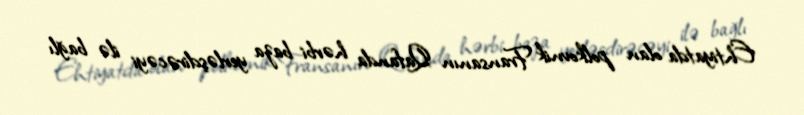
Ehtiyatda olan polkovnik Fransanın Qafanda hərbi baza yerləşdirəcəyi ilə bağlı